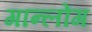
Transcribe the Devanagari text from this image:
गान्लोंग